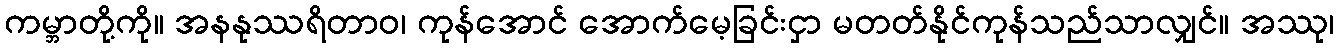
ကမ္ဘာတို့ကို။ အနနုဿရိတာဝ၊ ကုန်အောင် အောက်မေ့ခြင်းငှာ မတတ်နိုင်ကုန်သည်သာလျှင်။ အဿု၊